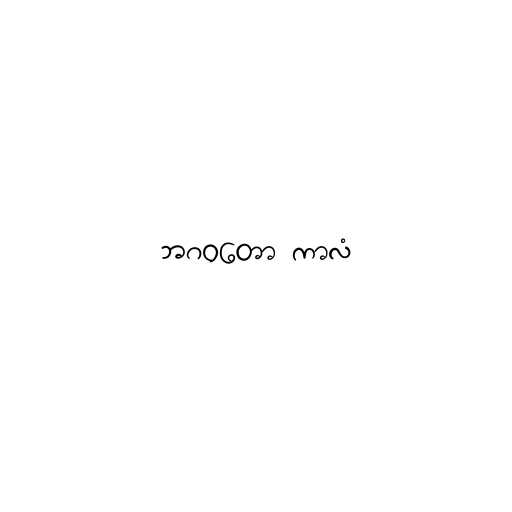
ဘဂဝတော ကာလံ